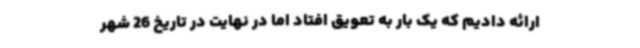
ارائه دادیم که یک بار به تعویق افتاد اما در نهایت در تاریخ 26 شهر